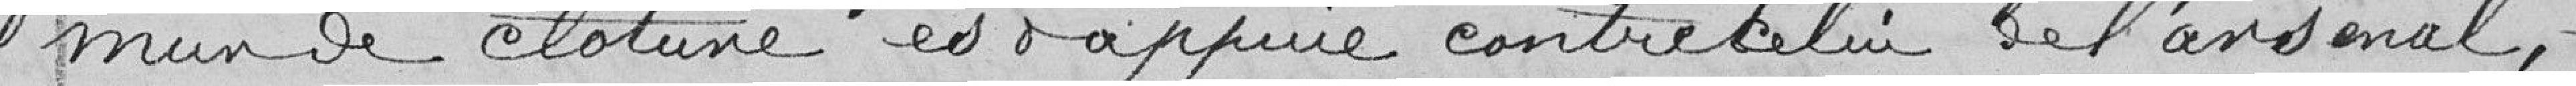
mur de clôture est appuyé entre celui de l'arsenal,